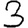
Digit: 3